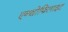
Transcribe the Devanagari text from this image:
एन्थोफिलाइट